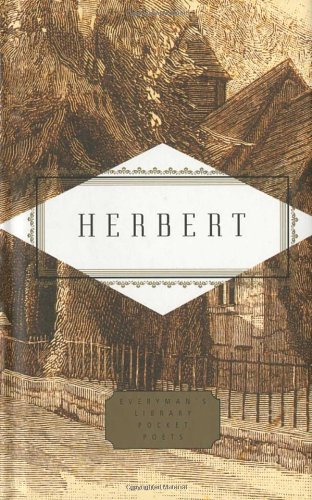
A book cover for Herbert: Poems (Everyman's Library Pocket Poets); George Herbert; Christian Books & Bibles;